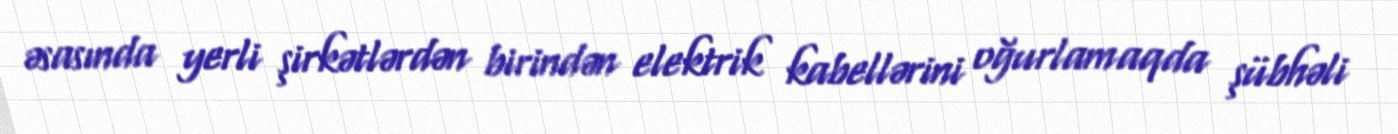
əsasında yerli şirkətlərdən birindən elektrik kabellərini oğurlamaqda şübhəli